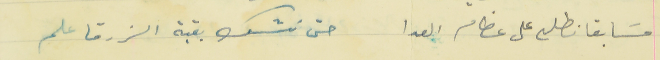
مسَابقا نطلع على عظام العدا                                  حتى نشك بقبة الزرقا علم